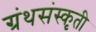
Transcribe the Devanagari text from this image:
ग्रंथसंस्कृती